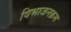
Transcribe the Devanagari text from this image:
विभाजनक्रम